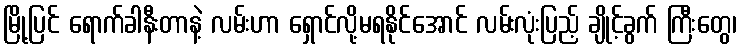
မြို့ပြင် ရောက်ခါနီးတာနဲ့ လမ်းဟာ ရှောင်လို့မရနိုင်အောင် လမ်းလုံးပြည့် ချိုင့်ခွက် ကြီးတွေ၊